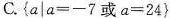
C.$$\left \{ a\mid a=-7或a=24 \right \}$$